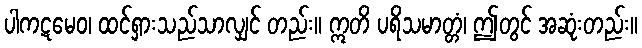
ပါကဋမေဝ၊ ထင်ရှားသည်သာလျှင် တည်း။ ဣတိ ပရိသမာတ္တံ၊ ဤတွင် အဆုံးတည်း။